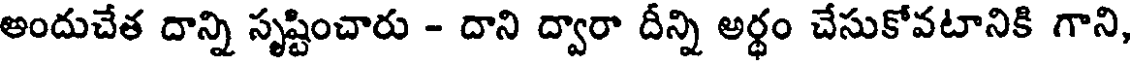
అందుచేత దాన్ని సృష్టించారు - దాని ద్వారా దీన్ని అర్థం చేసుకోవటానికి గాని,